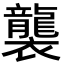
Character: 襲